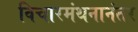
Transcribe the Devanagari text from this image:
विचारमंथनानंतर